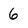
Character: 6